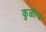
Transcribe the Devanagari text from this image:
कुळीच